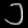
Digit: ၁